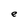
Character: e